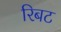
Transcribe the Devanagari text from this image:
रिबट